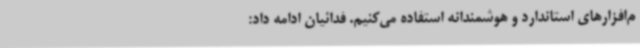
م‌افزارهای استاندارد و هوشمندانه استفاده می‌کنیم. فدائیان ادامه داد: